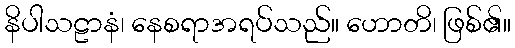
နိပါသဠာနံ၊ နေစရာအရပ်သည်။ ဟောတိ၊ ဖြစ်၏။